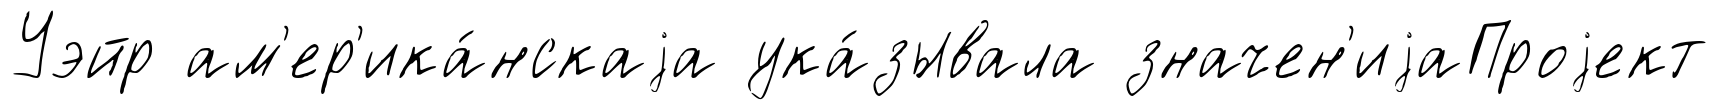
Уэйр ам'ер'ика́нскаjа ука́зывала значен'иjаПроjект